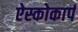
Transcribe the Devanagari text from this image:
ऐस्कोकार्प